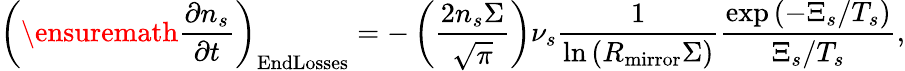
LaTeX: \left(\ensuremath{\frac{\partial n_{s}}{\partial t}}\right)_{\mathrm{EndLosses}}=-\left(\frac{2n_{s}\Sigma}{\sqrt{\pi}}\right)\nu_{s}\frac{1}{\ln\left(R_{\mathrm{mirror}}\Sigma\right)}\frac{\exp\left(-\Xi_{s}/T_{s}\right)}{\Xi_{s}/T_{s}},